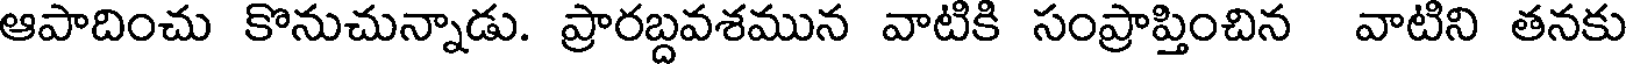
ఆపాదించు కొనుచున్నాడు. ప్రారబ్దవశమున వాటికి సంప్రాప్తించిన వాటిని తనకు